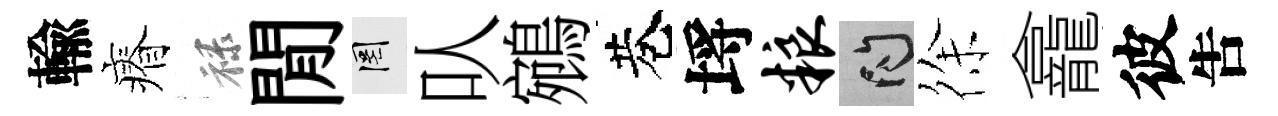
輸瘠禄閒罔㕥鵷巷埓粮問徐龕彼吿